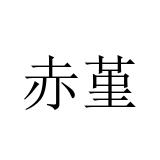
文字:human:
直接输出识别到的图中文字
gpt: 赤堇